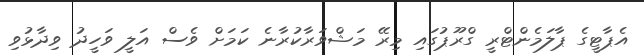
އެޕާޓީގެ ޕާލަމެންޓްރީ ގްރޫޕުގައި މިރޭ މަޝްވަރާކުރާނެ ކަމަށް ވެސް އަލީ ވަހީދު ވިދާޅުވި